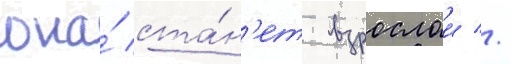
она́ ста́н'ет взрослои //